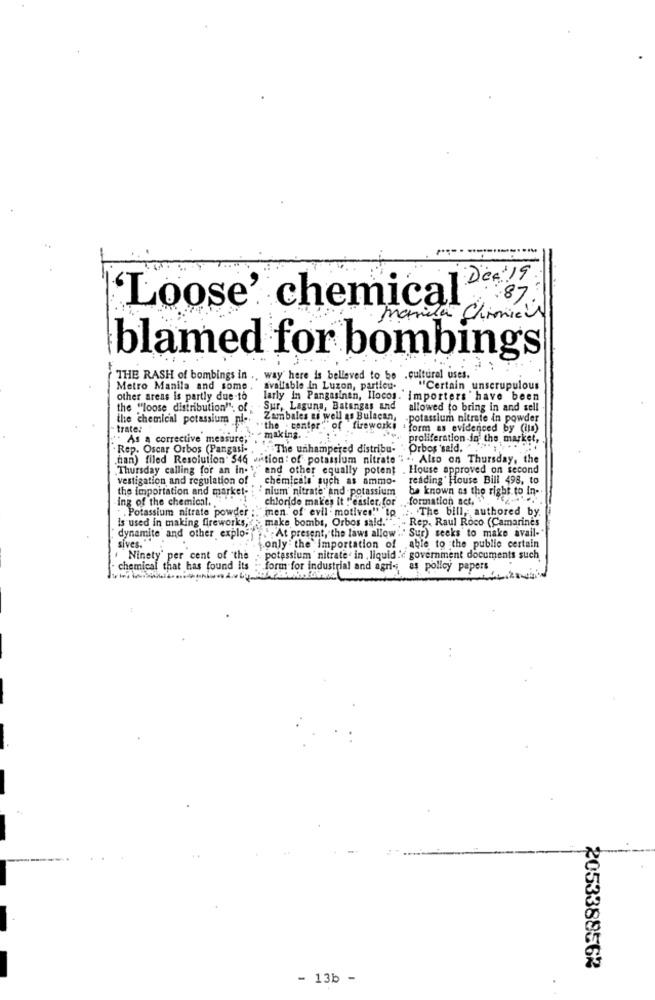
DeA' 19.
'Loose' chemical
87
Maria Chimici
blamed for bombings
THE RASH of bombings in .. way here is believed to be .cultural uses.
Metro Manila and some , available in Luzon, particu-
"Certain unscrupulous
other areas is partly due-to
larly in Pangasinan, Ilocos. importers ' have been
the ""loose distribution". of ;
Sur, Laguna, Batangas and
allowed to bring in and sell
the chemical potassium ni-
Zambales as well as Bulacan,
.potassium nitrate in powder
trate:
"the . center""of fireworks . form as evidenced by (ils)
" As a corrective measure;"
>- - making.
proliferation -in the market,
Rep. Oscar Orbos (Pangasi- .
The unhampered distribu- "Orbos said. .. ....
han) filed Resolution' 546 ation : of potassium nitrate ". .. Also on Thursday, the
Thursday calling for an in."" and other equally potent . House approved on second
vestigation and regulation of
chemicals such as ammo- reading' House Bill 498, to
the importation and market-
nium' nitrate" and potassium
be known as the right to In-
ing of the chemical."
chloride makes it " easier. for
formation act ..
Potassium nitrate powder
"men of evil motives"" to
:. The bill, authored by.
make bombs, Orbos said."
- Rep. Raul Roco (Camarines
is used in making fireworks,
At present, the laws allow .. " Sur) seeks to make avail-'
sives."
dynamite and other explo-
.only . the importation of able to the public certain
. Ninety per cent of the
potassium nitrate. in , liquid :{ government documents such
chemical that has found its
form for industrial and agri -, as policy papers
2053388562
- 13b -